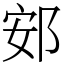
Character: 䢿